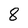
Character: 8